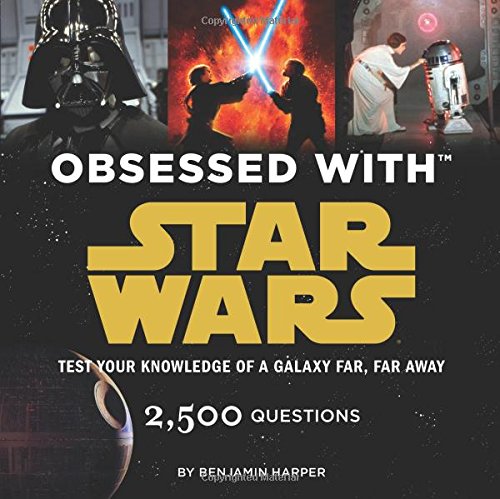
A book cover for Obsessed with Star Wars: Test Your Knowledge of a Galaxy Far, Far Away; Benjamin Harper; Humor & Entertainment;